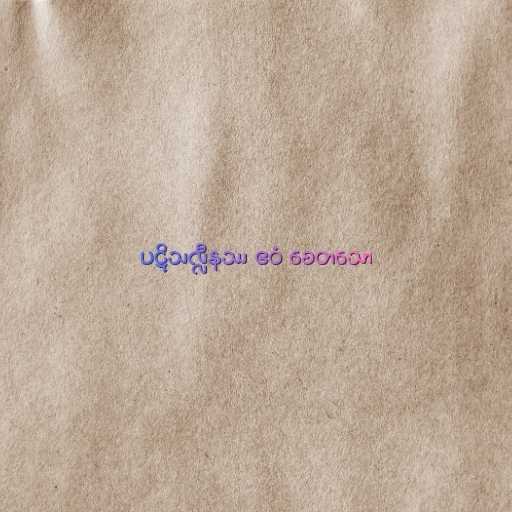
ပဋိသလ္လီနဿ ဧဝံ စေတသော